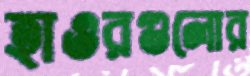
হাওরগুলোর